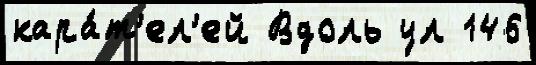
кара́т'ел'ей Вдоль ул 146